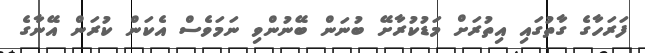
ފަރަހާގެ ގާތުގައި އިތުރަށް މަޑުކުރާށޭ ބުނަން ބޭނުންވި ނަމަވެސް އެކަން ކުރަން އޭނާގެ